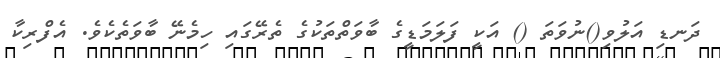
ދަނޑި އަލުވި()ނުވަތަ () އަކީ ފަލަމަޑީގެ ބާވަތްތަކުގެ ތެރޭގައި ހިމެނޭ ބާވަތެކެވެ. އެފްރިކާ